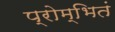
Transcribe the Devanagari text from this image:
प्रोम्भितं